65_HS1-834228961_62-HQ-83894_Serial_130
Agency: FBI
Page 68
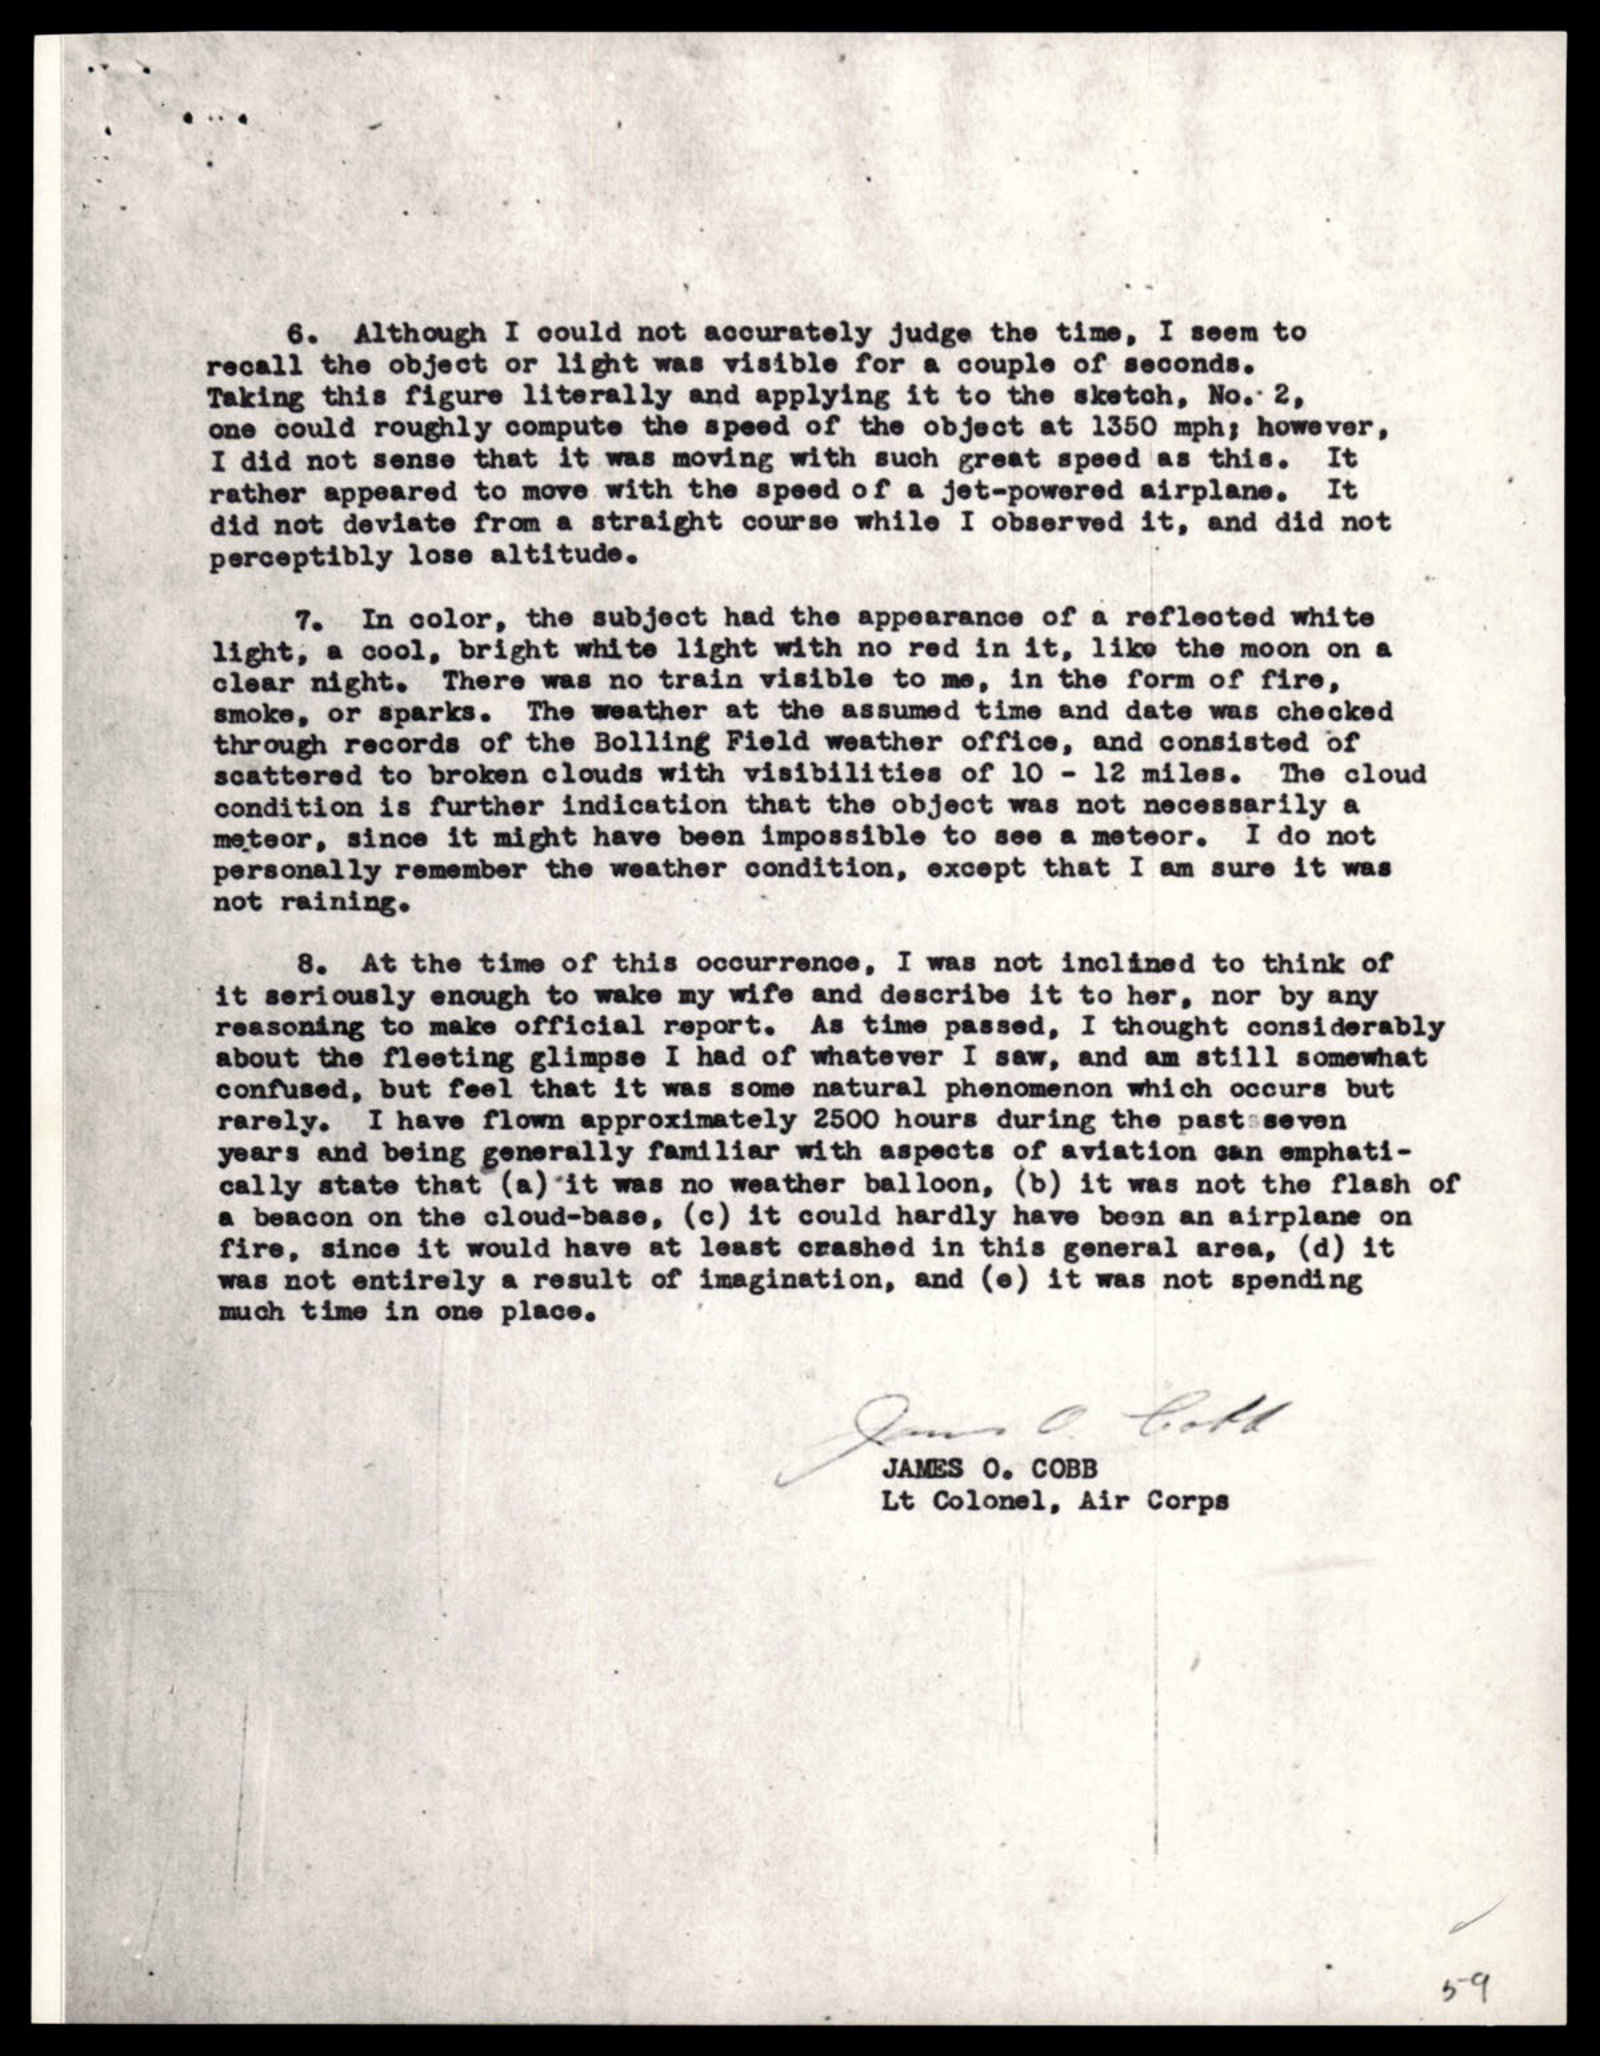